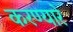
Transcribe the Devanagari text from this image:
करण्यारे